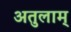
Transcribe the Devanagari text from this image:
अतुलाम्